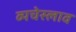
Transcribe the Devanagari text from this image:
व्यचेस्लाव